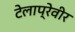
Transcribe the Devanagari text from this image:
टेलाप्रेवीर